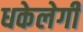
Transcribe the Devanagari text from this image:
धकेलेगी